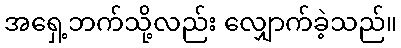
အရှေ့ဘက်သို့လည်း လျှောက်ခဲ့သည်။